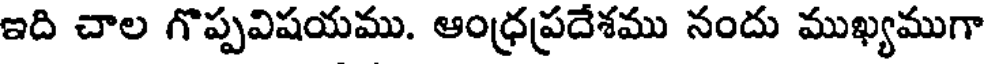
ఇది చాల గొప్పవిషయము. ఆంధ్రప్రదేశము నందు ముఖ్యముగా